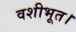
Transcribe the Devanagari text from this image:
वशीभूत।